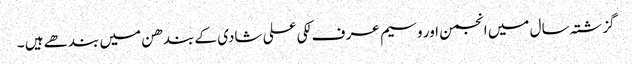
گزشتہ سال میں انجمن اور وسیم عر ف لکی علی شادی کے بندھن میں بندھے ہیں ۔